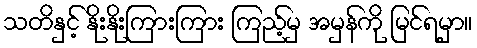
သတိနှင့် နိုးနိုးကြားကြား ကြည့်မှ အမှန်ကို မြင်ရမှာ။